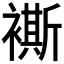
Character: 𧝤